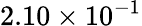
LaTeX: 2.10\times 10^{-1}